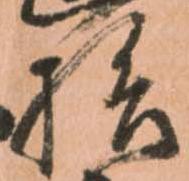
拾